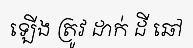
ឡើង ត្រូវ ដាក់ ដី ឆៅ